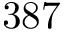
3 8 7